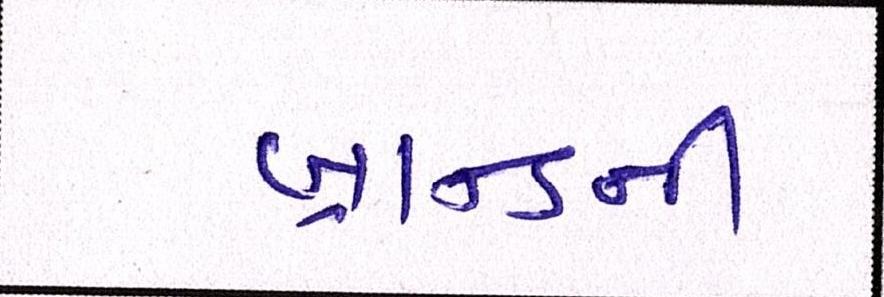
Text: બ્રાન્ડની